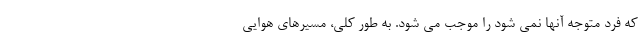
که فرد متوجه آنها نمی شود را موجب می شود. به طور کلی، مسیرهای هوایی